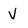
Character: v